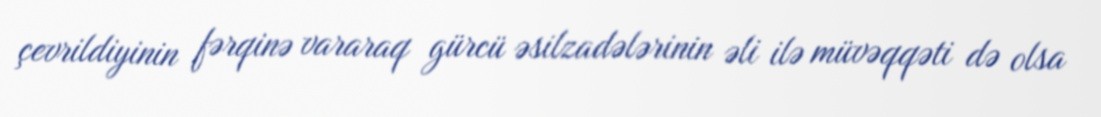
çevrildiyinin fərqinə vararaq gürcü əsilzadələrinin əli ilə müvəqqəti də olsa